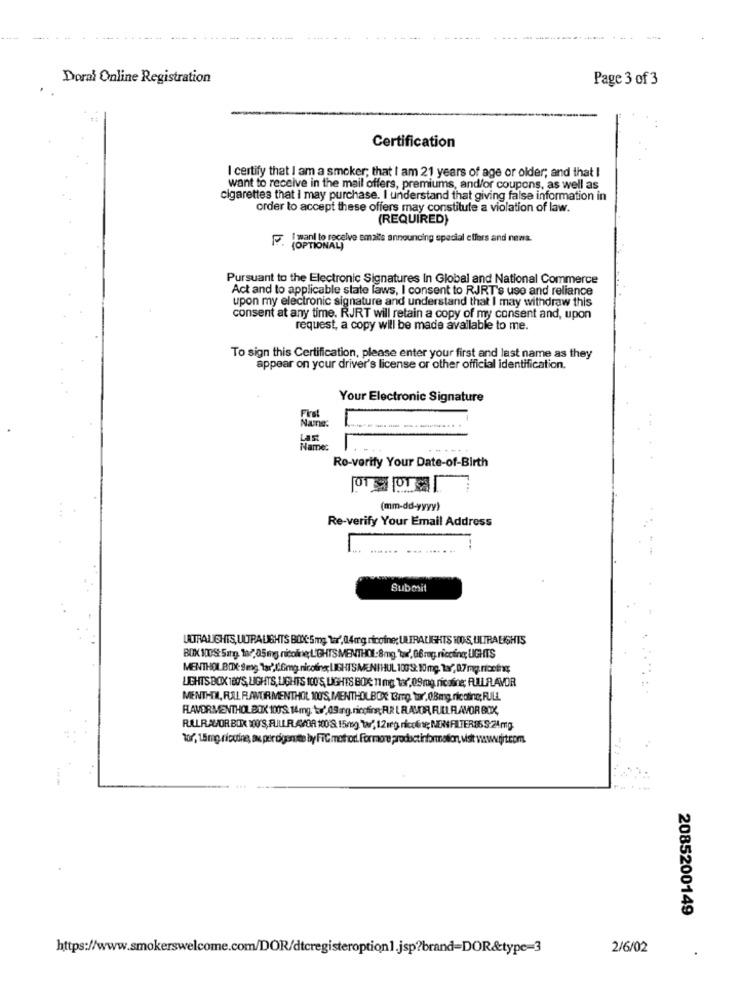
Doral Online Registration
Page 3 of 3
Certification
I certify that I am a smoker; that I am 21 years of age or older; and that I
want to receive in the mail offers, premiums, and/or coupons, as well as
cigarettes that I may purchase. I understand that giving false information in
order to accept these offers may constitute a violation of law.
(REQUIRED)
Toshibave emails announcing special offers and nens.
Pursuant to the Electronic Signatures In Global and National Commerce
Act and to applicable state laws, I consent to RJRT's use and reliance
upon my electronic signature and understand that I may withdraw this
consent at any time. RJRT will retain a copy of my consent and, upon
request, a copy will be made available to me.
To sign this Certification, please enter your first and last name as they
appear on your driver's license or other official identification.
Your Electronic Signature
First
Nane.
Last
Name:
Ro-verify Your Date-of-Birth
(mm-dd-yyyy)
Re-verify Your Email Address
Subosit
ULTRALIGHTS, ULTRALIGHTS BOX:5mg, la, 04mg nicoine; ULTRALIGHTS HOS, ULTRA EIGHTS
BOX 100%: Sahip. 197, 05mg nicoline;LIGHTS MENTHOL:8mg."tar', 06 rug. ricoting; UGHTS
MENTHOL BIK: Smg. Tar? Ifmg. nicoing LISHISMENIHUL 1009: 10mg. 19/,07mg.riceiny;
LIGHTS BOX 180'S, LIGHTS, UGHTS 100'S, LIGHTS BOX: 11 mg tor, 09mg ricofine; FULLFLAVOR
MENTHOL, RAL FLAVORMENTHOL 100'S, MENTHOLBOX 3mp. tar. 08mg nicotina; FULL
FAVORMENTHOL BOX 100'S. 14mg. tr' 09ang. ricding; AR L RAVOIR, FULL FLAVOR BOX,
RALRAUFOR BOX 100'S, FJLLR.4/OR 1008. 15mg tar; 12meg, ricoéne; NEINFILTER86 S:24mg
tor, 1.5mg nicotine, au percigonste by FIC motor. Formore productinformation, visit wwwwortcom.
2085200149
https://www.smokerswelcome.com/DOR/dtcregisteroption1.jsp?brand=DOR&type=3
2/6/02
..